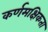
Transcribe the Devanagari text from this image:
कर्णमक्षिकता